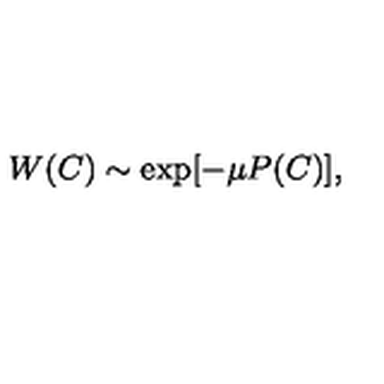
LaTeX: W ( C ) \sim \exp [ - \mu P ( C ) ] ,